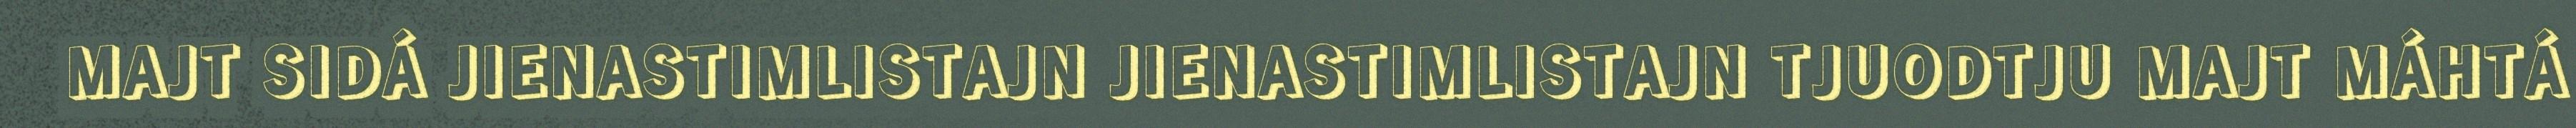
MAJT SIDÁ JIENASTIMLISTAJN JIENASTIMLISTAJN TJUODTJU MAJT MÁHTÁ